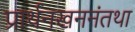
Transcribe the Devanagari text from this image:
प्रार्थनखननंतथा